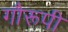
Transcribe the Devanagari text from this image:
गौरूपी